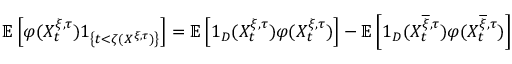
\mathbb { E } \left[ \varphi ( X _ { t } ^ { \xi , \tau } ) 1 _ { \left\{ t < \zeta ( X ^ { \xi , \tau } ) \right\} } \right] = \mathbb { E } \left[ 1 _ { D } ( X _ { t } ^ { \xi , \tau } ) \varphi ( X _ { t } ^ { \xi , \tau } ) \right] - \mathbb { E } \left[ 1 _ { D } ( X _ { t } ^ { \overline { { \xi } } , \tau } ) \varphi ( X _ { t } ^ { \overline { { \xi } } , \tau } ) \right]